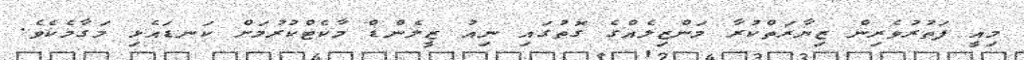
މިއީ ފަތުރުވެރިން ޒިޔާރަތްކުރާ މަންޒިލެއްގެ ގޮތުގައި ނިއު ޒީލެންޑް މާކެޓްކުރުމަށް ކަނޑައެޅި މަގާމެކެވެ.